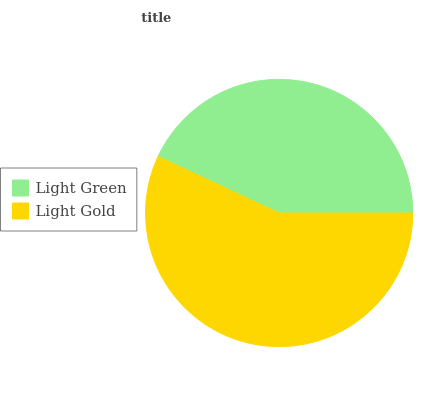
| Light Green | Light Gold |
 | --- | --- |
 | 43% | 57% |